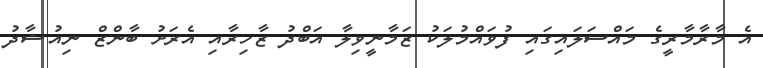
އެ މާރާމާރީގެ މައްސަލައިގައި ފުވައްމުލަކު ޒަމާނީވިލާ އަބްދު ޒާހިރާއި އެރަށު ބާންޒް ނިއުޝާދު